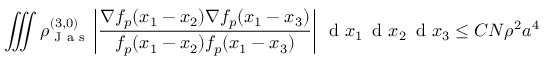
\iiint \rho _ { \textnormal { J a s } } ^ { ( 3 , 0 ) } \left\vert \frac { \nabla f _ { p } ( x _ { 1 } - x _ { 2 } ) \nabla f _ { p } ( x _ { 1 } - x _ { 3 } ) } { f _ { p } ( x _ { 1 } - x _ { 2 } ) f _ { p } ( x _ { 1 } - x _ { 3 } ) } \right\vert \, \textnormal { d } x _ { 1 } \, \textnormal { d } x _ { 2 } \, \textnormal { d } x _ { 3 } \leq C N \rho ^ { 2 } a ^ { 4 }